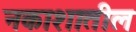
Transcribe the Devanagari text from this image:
नकाशातील